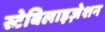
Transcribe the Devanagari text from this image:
स्टेबिलाइज़ेशन